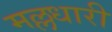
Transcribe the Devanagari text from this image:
मल्लधारी